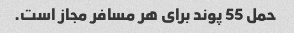
حمل 55 پوند برای هر مسافر مجاز است.